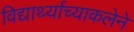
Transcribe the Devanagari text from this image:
विद्यार्थ्याच्याकलेने